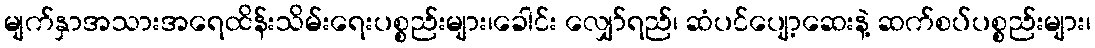
မျက်နှာအသားအရေထိန်းသိမ်းရေးပစ္စည်းများ၊ခေါင်း လျှော်ရည်၊ ဆံပင်ပျော့ဆေးနဲ့ ဆက်စပ်ပစ္စည်းများ၊